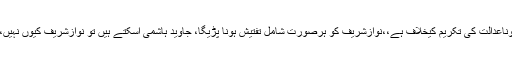
چیف جسٹس نے کہاکہ نوٹس کی تعمیل کے باوجودپیش نہ ہوناعدالت کی تکریم کیخلاف ہے،،نوازشریف کو ہرصورت شامل تفتیش ہونا پڑیگا، جاوید ہاشمی آسکتے ہیں تو نوازشریف کیوں نہیں،اٹارنی جنرل اورجاوید ہاشمی،،نواز شریف سے رابطہ کریں۔